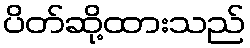
ပိတ်ဆို့ထားသည်